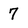
Character: 7